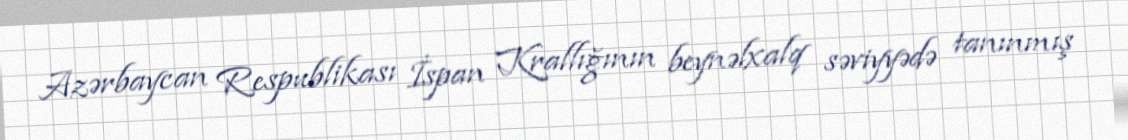
Azərbaycan Respublikası İspan Krallığının beynəlxalq səviyyədə tanınmış